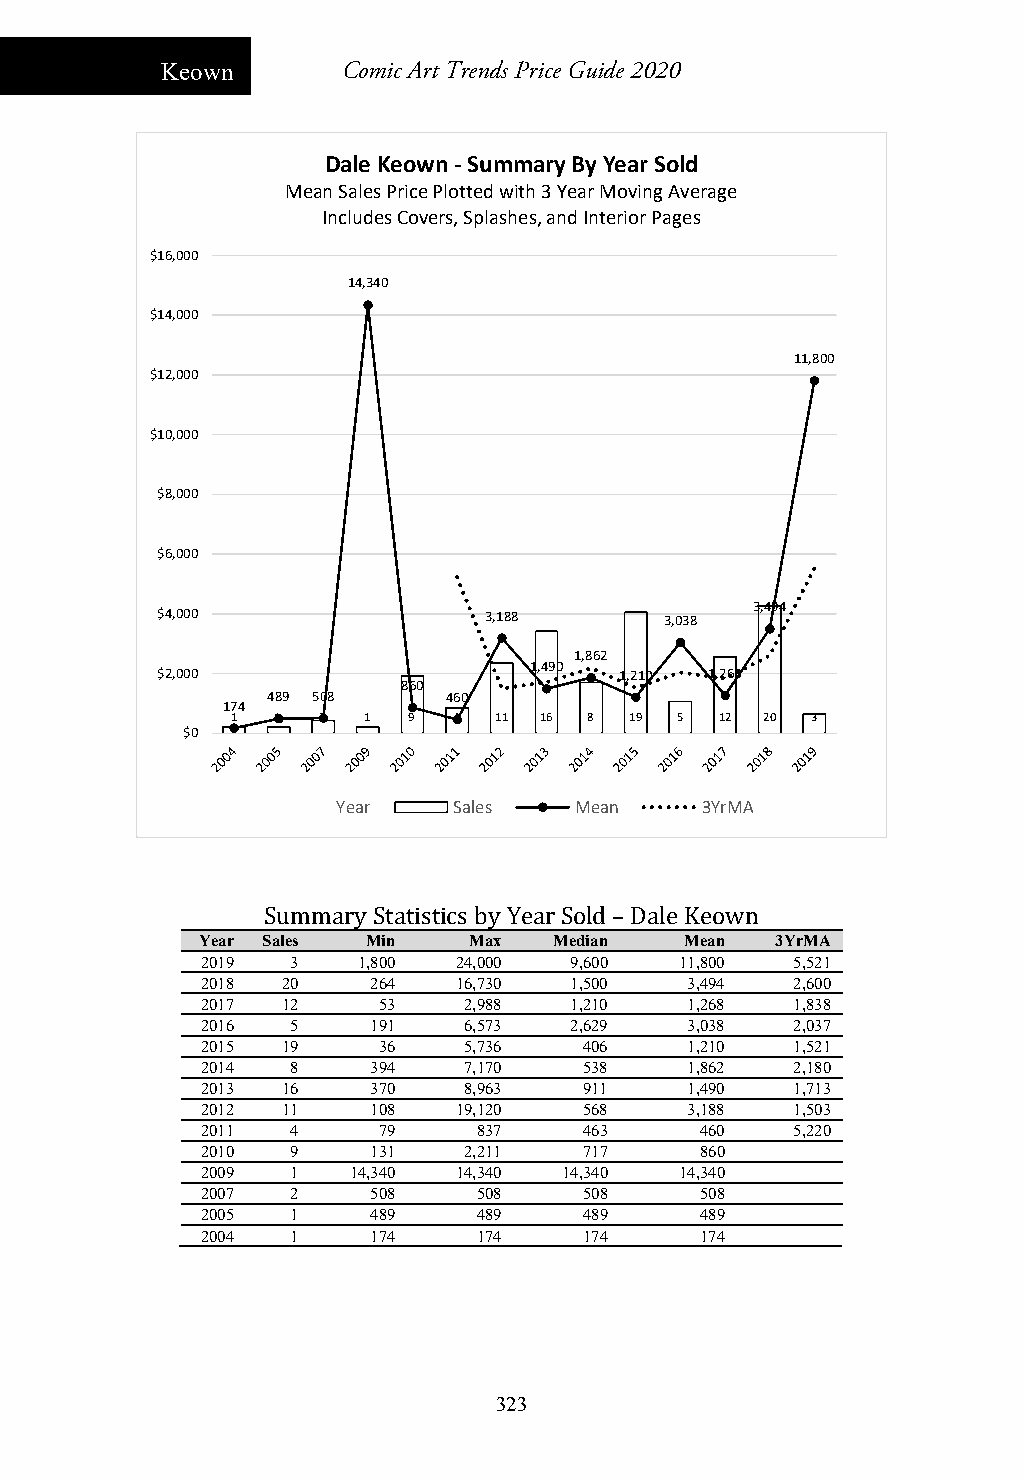
Keown       Comic Art Trends Price Guide 2020
 Dale Keown ‐Summary By Year Sold
 Mean Sales Price Plotted with 3 Year Moving Average
 Includes Covers, Splashes, and Interior Pages
 $16,000
 14,340
 $14,000
 11,800
 $12,000
 $10,000
 $8,000
 $6,000
 3,494
 $4,000                3,188       3,038
 1,862
 1,490
 $2,000                         1,210 1,268
 860
 489 508     460
 174
 1  1  2  1  9  4  11 16 8  19 5  12 20 3
 $0
 Year    Sales   Mean    3YrMA
 Summary Statistics by Year Sold – Dale Keown
 Year Sales Min    Max   Median  Mean  3YrMA
 2019  3    1,800 24,000  9,600  11,800  5,521
 2018  20    264  16,730  1,500  3,494   2,600
 2017  12    53    2,988  1,210  1,268   1,838
 2016  5     191   6,573  2,629  3,038   2,037
 2015  19    36    5,736   406   1,210   1,521
 2014  8     394   7,170   538   1,862   2,180
 2013  16    370   8,963   911   1,490   1,713
 2012  11    108  19,120   568   3,188   1,503
 2011  4     79     837    463    460    5,220
 2010  9     131   2,211   717    860
 2009  1   14,340 14,340 14,340  14,340
 2007  2     508    508    508    508
 2005  1     489    489    489    489
 2004  1     174    174    174    174
 323